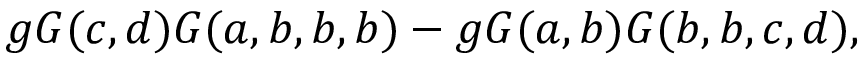
g { \cal G } ( c , d ) { \cal G } ( a , b , b , b ) - g { \cal G } ( a , b ) { \cal G } ( b , b , c , d ) ,